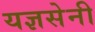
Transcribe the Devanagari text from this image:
यज्ञसेनी